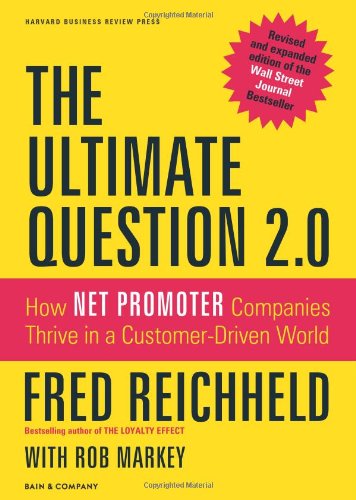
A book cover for The Ultimate Question 2.0 (Revised and Expanded Edition): How Net Promoter Companies Thrive in a Customer-Driven World; Fred Reichheld; Business & Money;